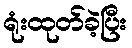
ရုံးထုတ်ခဲ့ပြီး